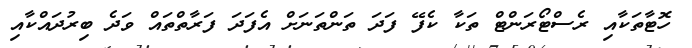
ހޮޓާތަކާއި ރެސްޓޯރަންޓް ތަކާ ކެފޭ ފަދަ ތަންތަނަށް އެފަދަ ފަރާތްތައް ވަދެ ބިރުދައްކާއި